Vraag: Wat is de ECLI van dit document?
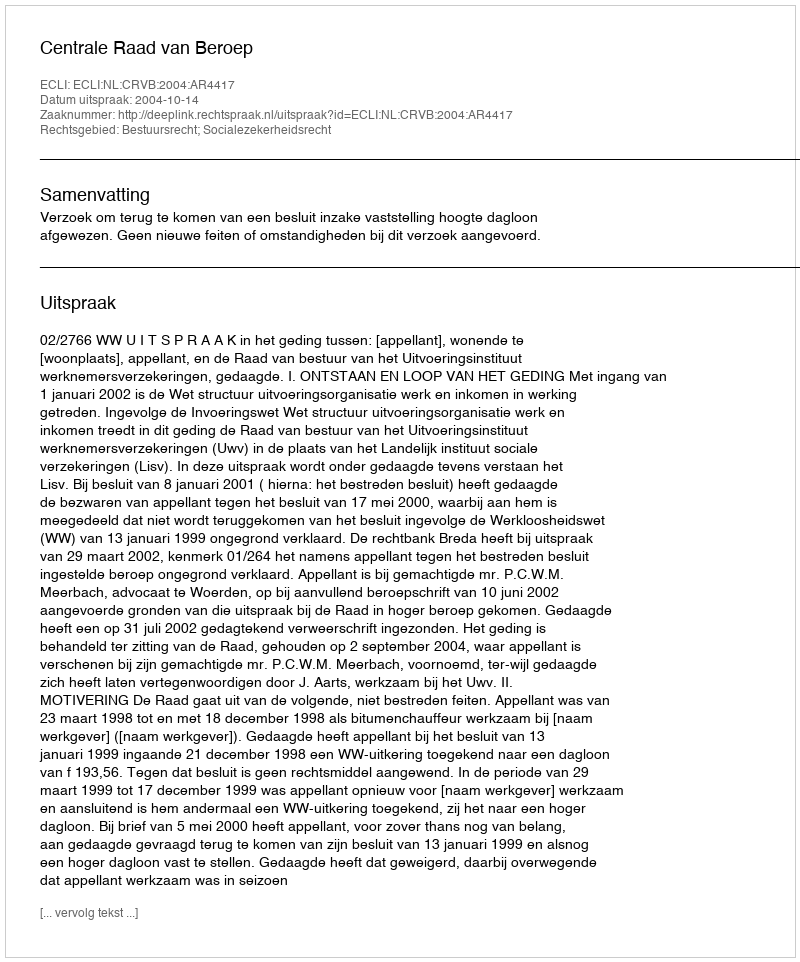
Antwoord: ECLI:NL:CRVB:2004:AR4417